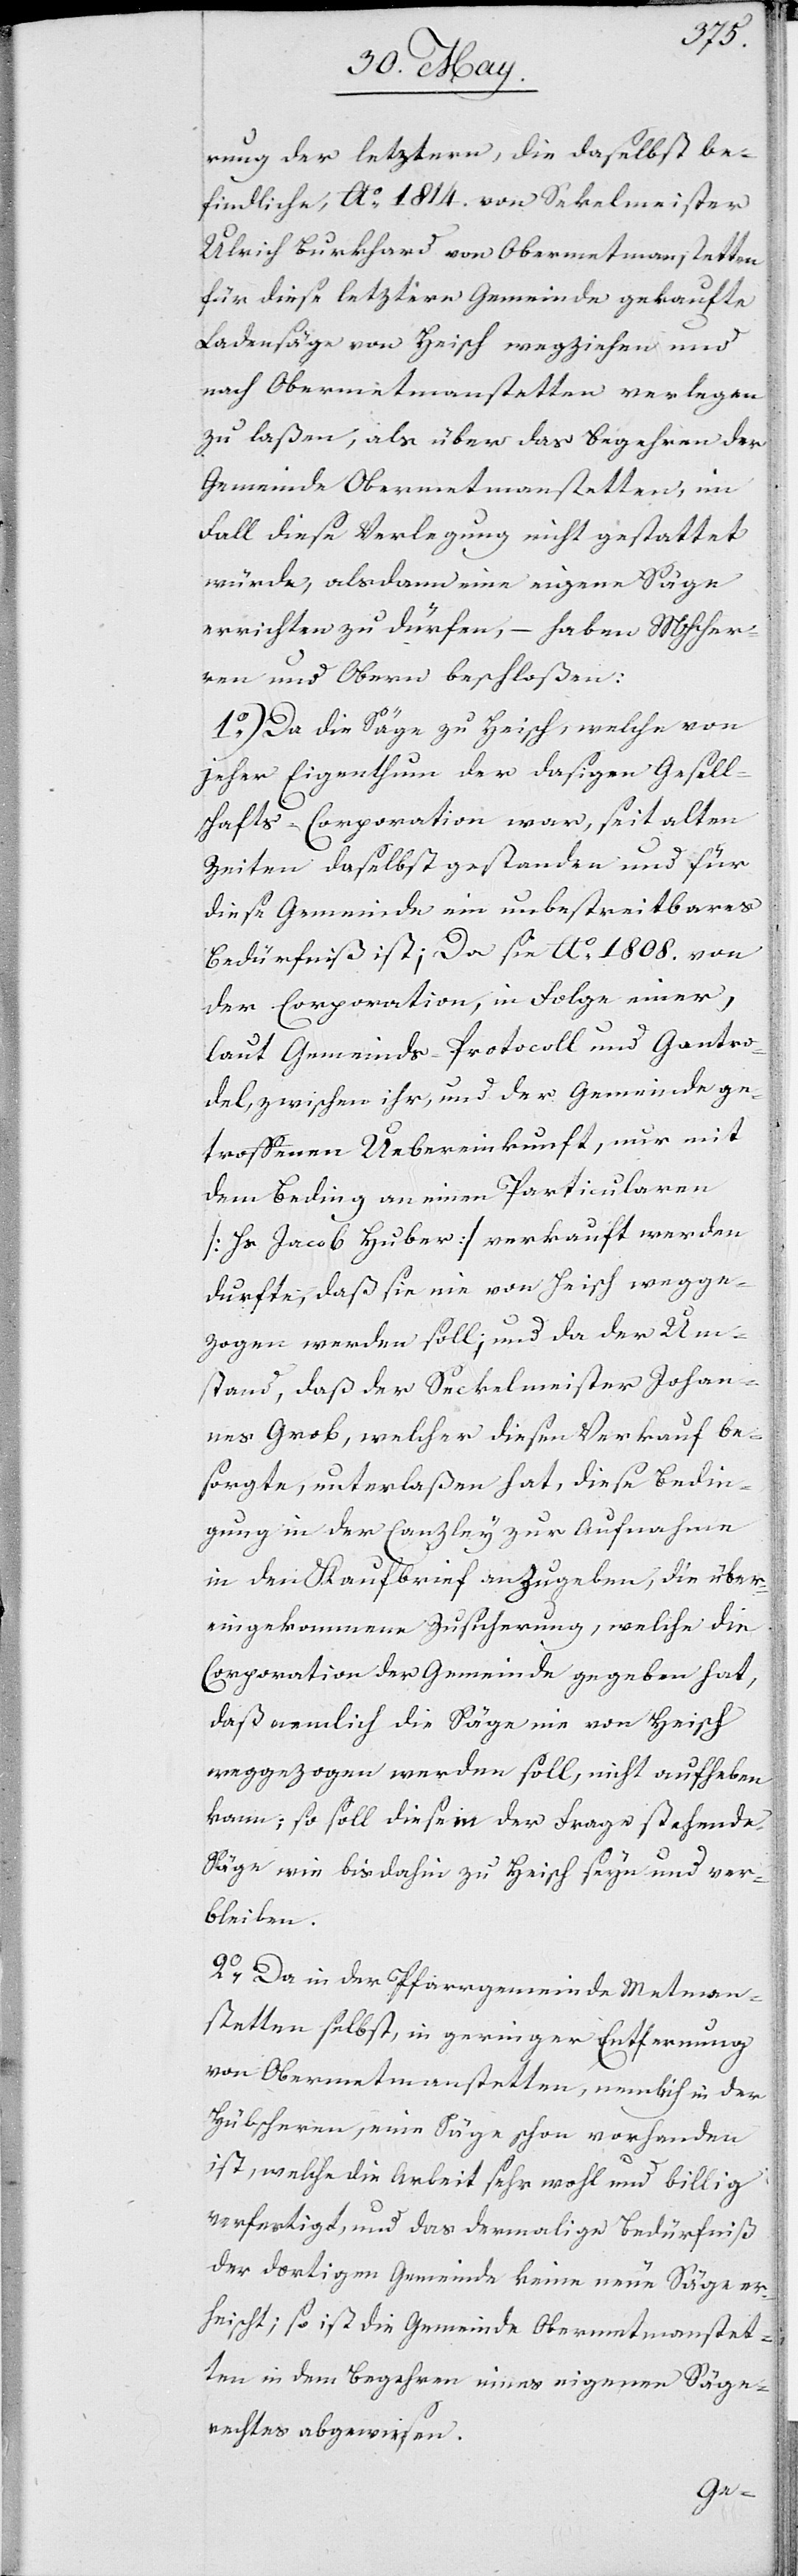
rung der letztern, die daselbst be¬
findliche, Ao. 1814. von Sekelmeister
Ulrich Burkhard von Obermetmanstetten
für diese letztere Gemeinde gekaufte
Ladensäge von Heisch wegziehen und
nach Obermetmanstetten verlegen
zu laßen, als über das Begehren der
Gemeinde Obermetmanstetten, im
Fall diese Verlegung nicht gestattet
würde, alsdann eine eigene Säge
errichten zu dürfen, – haben MHHer¬
ren und Obern beschloßen:
1.) Da die Säge zu Heisch, welche von
jeher Eigenthum der dasigen Gesell¬
schafts-Corporation war, seit alten
Zeiten daselbst gestanden und für
diese Gemeinde ein unbestreitbares
Bedürfniß ist; da seit Ao. 1808. von
der Corporation, in Folge einer,
laut Gemeinds-Protocoll und Gantro¬
del, zwischen ihr, und der Gemeinde ge¬
troffenen Übereinkunft, nur mit
dem Beding an einen Particularen
(Hs. Jacob Huber) verkauft werden
durfte, daß sie nie von Heisch wegge¬
zogen werden soll; und da der Um¬
stand, daß der Seckelmeister Johan¬
nes Grob, welcher diesen Verkauf be¬
sorgte, unterlaßen hat, diese Bedin¬
gung in der Canzley zur Aufnahme
in den Kaufbrief anzugeben, die über¬
eingekommene Zusicherung, welche die
Corporation der Gemeinde gegeben hat,
daß nemlich die Säge nie von Heisch
weggezogen werden soll, nicht aufheben
kann; so soll diese in Frage stehende
Säge wie bis dahin zu Heisch seyn und ver¬
bleiben.
2.) Da in der Pfarrgemeinde Metman¬
stetten selbst, in geringer Entfernung
von Obermetmanstetten, nemlich in der
Hübscheren, eine Säge schon vorhanden
ist, welche die Arbeit sehr wohl und billig
verfertigt, und das dermalige Bedürfniß
der dortigen Gemeinde keine neue Säge er¬
heischt; so ist die Gemeinde Obermetmanstet¬
ten in dem Begehren eines eigenen Säge¬
rechtes abgewiesen.